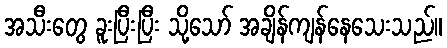
အသီးတွေ ခူးပြီးပြီး သို့သော် အချိန်ကျန်နေသေးသည်။